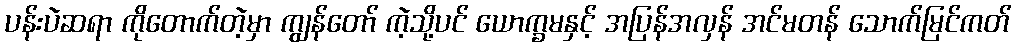
ပန်းပဲဆရာ ကိုတောက်တဲ့မှာ ကျွန်တော် ကဲ့သို့ပင် ယောက္ခမနှင့် အပြန်အလှန် အင်မတန် သောက်မြင်ကတ်